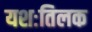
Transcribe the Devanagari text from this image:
यशःतिलक